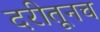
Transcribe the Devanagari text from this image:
दरीतूनच